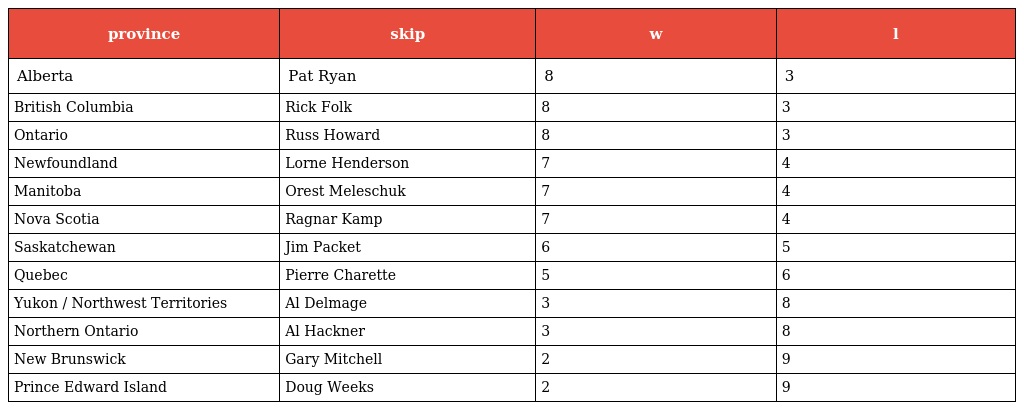
| province | skip | w | l |
 | --- | --- | --- | --- |
 | Alberta | Pat Ryan | 8 | 3 |
 | British Columbia | Rick Folk | 8 | 3 |
 | Ontario | Russ Howard | 8 | 3 |
 | Newfoundland | Lorne Henderson | 7 | 4 |
 | Manitoba | Orest Meleschuk | 7 | 4 |
 | Nova Scotia | Ragnar Kamp | 7 | 4 |
 | Saskatchewan | Jim Packet | 6 | 5 |
 | Quebec | Pierre Charette | 5 | 6 |
 | Yukon / Northwest Territories | Al Delmage | 3 | 8 |
 | Northern Ontario | Al Hackner | 3 | 8 |
 | New Brunswick | Gary Mitchell | 2 | 9 |
 | Prince Edward Island | Doug Weeks | 2 | 9 |